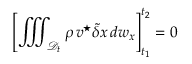
\left[ \iiint _ { { \mathcal D } _ { t } } \rho \, { \boldsymbol v } ^ { \star } \tilde { \delta } \boldsymbol { x } \, d w _ { x } \right] _ { t _ { 1 } } ^ { t _ { 2 } } = 0